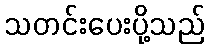
သတင်းပေးပို့သည်